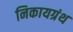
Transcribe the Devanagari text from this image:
निकायग्रंथ